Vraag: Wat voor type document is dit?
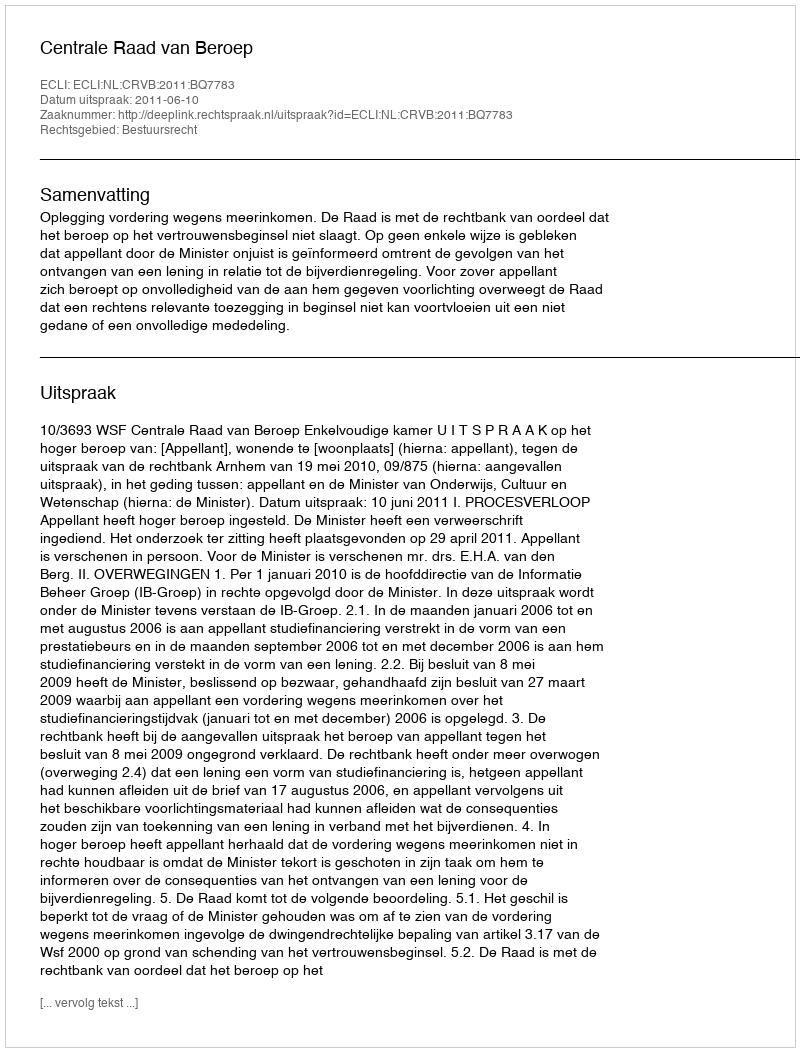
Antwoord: Uitspraak